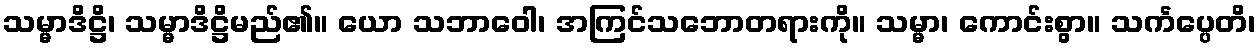
သမ္မာဒိဋ္ဌိ၊ သမ္မာဒိဋ္ဌိမည်၏။ ယော သဘာဝေါ၊ အကြင်သဘောတရားကို။ သမ္မာ၊ ကောင်းစွာ။ သင်္ကပ္ပေတိ၊